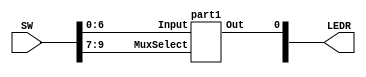
`timescale 1ns / 1ns // `timescale time_unit/time_precision

module mux(LEDR, SW);
    input [9:0] SW;
    output [9:0] LEDR;

    part1 u0(
      .Input(SW[6:0]),
      .MuxSelect(SW[9:7]),
      .Out(LEDR[0])
        );
endmodule


module part1(MuxSelect, Input, Out);
	input [6:0] Input;
	input [2:0] MuxSelect;
	output reg Out; // declare the output signal for the always block
	always @(*) // declare always block
	begin
		case (MuxSelect[2:0]) // start case statement
			3'b000: Out = Input[0]; // case 0
			3'b001: Out = Input[1]; // case 1
			3'b010: Out = Input[2]; // case 2
			3'b011: Out = Input[3]; // case 3
			3'b100: Out = Input[4]; // case 4
			3'b101: Out = Input[5]; // case 5
			3'b110: Out = Input[6]; // case 6
			default: Out = 1'b0;
		endcase
	end
endmodule